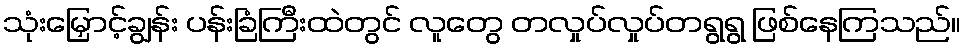
သုံးမြှောင့်ချွန်း ပန်းခြံကြီးထဲတွင် လူတွေ တလှုပ်လှုပ်တရွရွ ဖြစ်နေကြသည်။